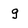
Character: g